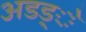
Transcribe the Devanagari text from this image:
अडड्े